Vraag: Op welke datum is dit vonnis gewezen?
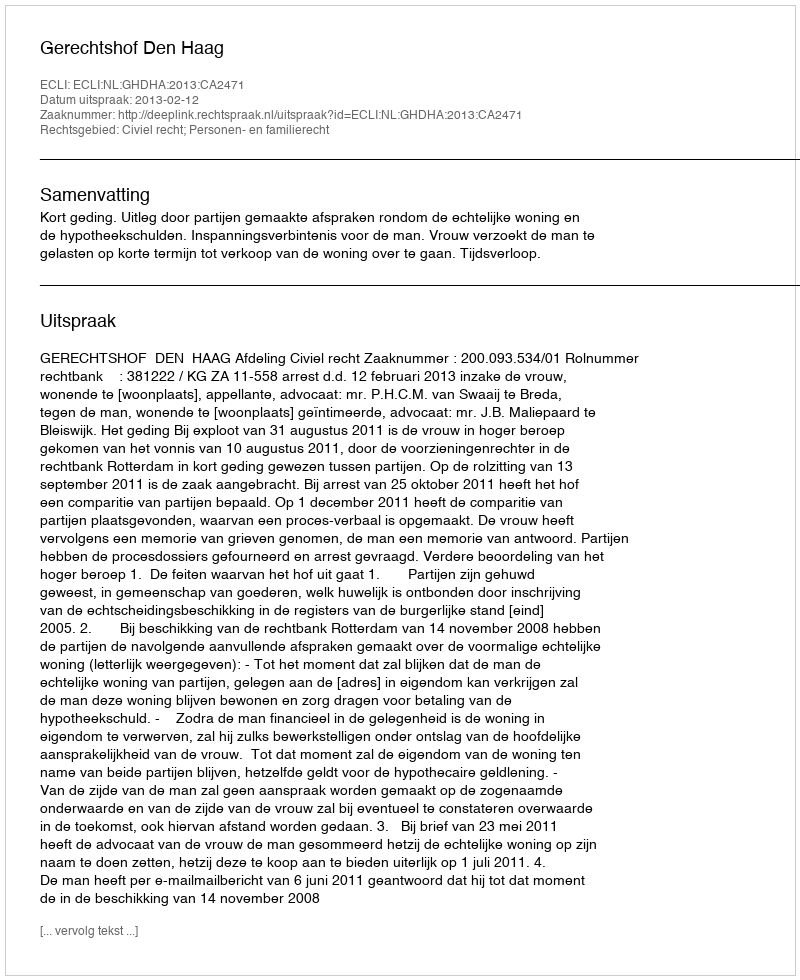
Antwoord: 2013-02-12